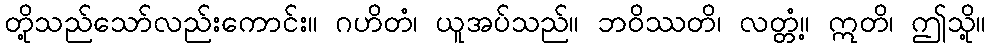
တို့သည်သော်လည်းကောင်း။ ဂဟိတံ၊ ယူအပ်သည်။ ဘဝိဿတိ၊ လတ္တံ့။ ဣတိ၊ ဤသို့။